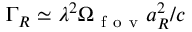
\Gamma _ { R } \simeq \lambda ^ { 2 } \Omega _ { \mathrm { ~ f ~ o ~ v ~ } } a _ { R } ^ { 2 } / c